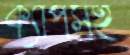
ক্যাপসহ